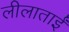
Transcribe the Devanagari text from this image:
लीलाताईं